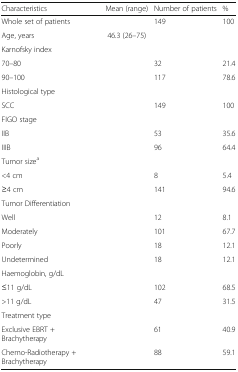
| Characteristics | Mean (range) | Number of patients | % |
 | --- | --- | --- | --- |
 | Whole set of patients |  | 149 | 100 |
 | Age, years | 46.3 (26–75) |  |  |
 | Karnofsky index |  |  |  |
 | 70–80 |  | 32 | 21.4 |
 | 90–100 |  | 117 | 78.6 |
 | Histological type |  |  |  |
 | SCC |  | 149 | 100 |
 | FIGO stage |  |  |  |
 | IIB |  | 53 | 35.6 |
 | IIIB |  | 96 | 64.4 |
 | Tumor sizea |  |  |  |
 | <4 cm |  | 8 | 5.4 |
 | ≥4 cm |  | 141 | 94.6 |
 | Tumor Differentiation |  |  |  |
 | Well |  | 12 | 8.1 |
 | Moderately |  | 101 | 67.7 |
 | Poorly |  | 18 | 12.1 |
 | Undetermined |  | 18 | 12.1 |
 | Haemoglobin, g/dL |  |  |  |
 | ≤11 g/dL |  | 102 | 68.5 |
 | >11 g/dL |  | 47 | 31.5 |
 | Treatment type |  |  |  |
 | Exclusive EBRT + Brachytherapy |  | 61 | 40.9 |
 | Chemo-Radiotherapy + Brachytherapy |  | 88 | 59.1 |